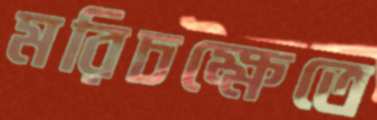
মরিচক্ষেতে